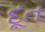
દૂત